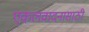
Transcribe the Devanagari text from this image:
एकलवादनासाठी